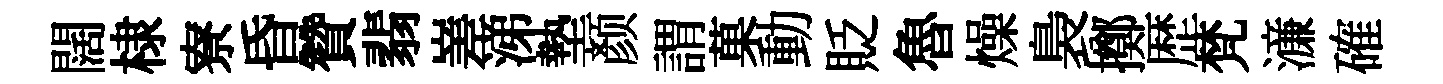
闊棣寮昏贊翡嵳涕墊颜謂菓動貶魯燥裊擲歴梵濓確